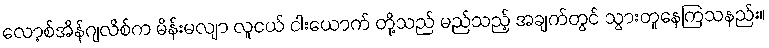
လော့စ်အိန်ဂျလိစ်က မိန်းမလျာ လူငယ် ငါးယောက် တို့သည် မည်သည့် အချက်တွင် သွားတူနေကြသနည်း။